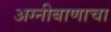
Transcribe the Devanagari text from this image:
अग्नीबाणाचा